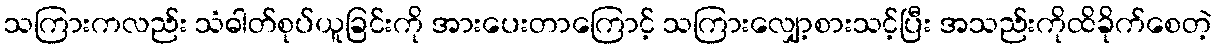
သကြားကလည်း သံဓါတ်စုပ်ယူခြင်းကို အားပေးတာကြောင့် သကြားလျှော့စားသင့်ပြီး အသည်းကိုထိခိုက်စေတဲ့